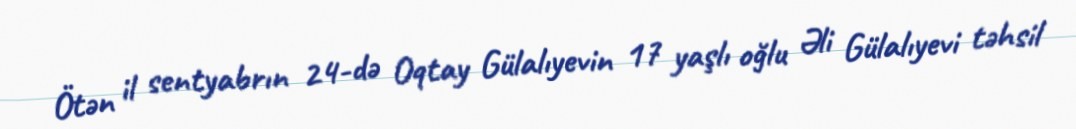
Ötən il sentyabrın 24-də Oqtay Gülalıyevin 17 yaşlı oğlu Əli Gülalıyevi təhsil